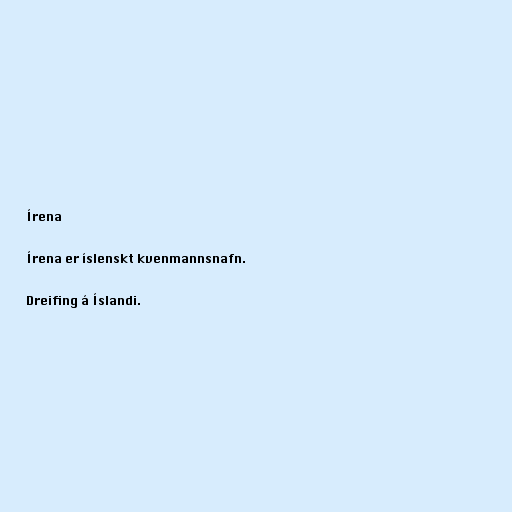
Írena

Írena er íslenskt kvenmannsnafn.

Dreifing á Íslandi.